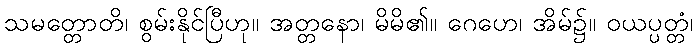
သမတ္တောတိ၊ စွမ်းနိုင်ပြီဟု။ အတ္တနော၊ မိမိ၏။ ဂေဟေ၊ အိမ်၌။ ဝယပ္ပတ္တံ၊